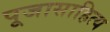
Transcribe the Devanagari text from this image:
पूजासाहित्य